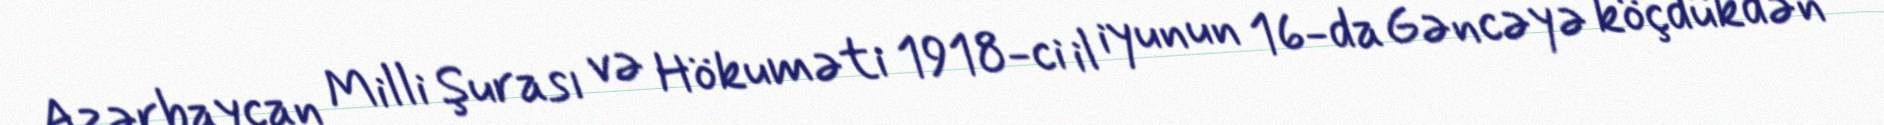
Azərbaycan Milli Şurası və Hökuməti 1918-ci il iyunun 16-da Gəncəyə köçdükdən